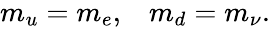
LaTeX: \begin{array}{cc}{{m_{u}=m_{e},}}&{{m_{d}=m_{\nu}.}}\end{array}